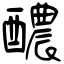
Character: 醲